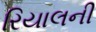
રિયાલની